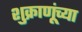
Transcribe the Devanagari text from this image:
शुक्राणूंच्या